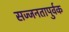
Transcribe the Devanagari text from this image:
सज्जनतापुर्वक